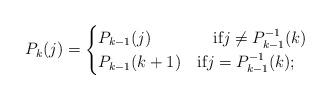
LaTeX: \begin{align*} P_{k}(j)=\begin{cases} P_{k-1}(j)&\quad\mbox{if}j\ne P^{-1}_{k-1}(k)\\ P_{k-1}(k+1) &\mbox{if}j=P^{-1}_{k-1}(k);\end{cases}\end{align*}